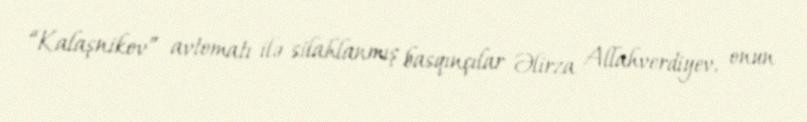
“Kalaşnikov” avtomatı ilə silahlanmış basqınçılar Əlirza Allahverdiyev, onun